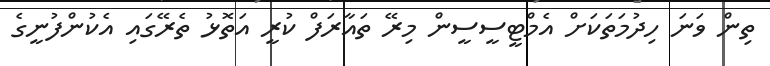
ތިން ވަނަ ހިދުމަތަކަށް އެމްޓީސީސީން މިރޭ ތައާރަފް ކުރީ އަތޮޅު ތެރޭގައި އެކުންފުނީގެ